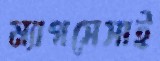
ম্যাগসেসাই